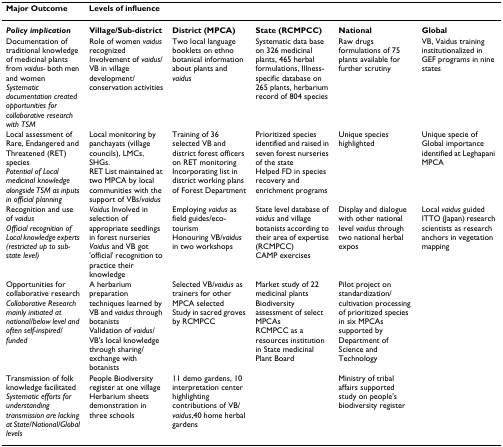
<table><thead><tr><td><b>Major Outcome</b></td><td colspan="5"><b>Levels of influence</b></td></tr></thead><tbody><tr><td><b><i>Policy implication</i></b></td><td><b>Village/Sub-district</b></td><td><b>District (MPCA)</b></td><td><b>State (RCMPCC)</b></td><td><b>National</b></td><td><b>Global</b></td></tr><tr><td>Documentation of traditional knowledge of medicinal plants from <i>vaidus- </i>both men and women<i>Systematic documentation created opportunities for collaborative research with TSM</i></td><td>Role of women <i>vaidus </i>recognizedInvolvement of <i>vaidus</i>/VB in village development/conservation activities</td><td>Two local language booklets on ethno botanical information about plants and <i>vaidus</i></td><td>Systematic data base on 326 medicinal plants, 465 herbal formulations, Illness-specific database on 265 plants, herbarium record of 804 species</td><td>Raw drugs formulations of 75 plants available for further scrutiny</td><td>VB, Vaidus training institutionalized in GEF programs in nine states</td></tr><tr><td>Local assessment of Rare, Endangered and Threatened (RET) species<i>Potential of Local medicinal knowledge alongside TSM as inputs in official planning</i></td><td>Local monitoring by panchayats (village councils), LMCs, SHGs.RET List maintained at two MPCA by local communities with the support of VBs/<i>vaidus</i></td><td>Training of 36 selected VB and district forest officers on RET monitoringIncorporating list in district working plans of Forest Department</td><td>Prioritized species identified and raised in seven forest nurseries of the stateHelped FD in species recovery and enrichment programs</td><td>Unique species highlighted</td><td>Unique specie of Global importance identified at Leghapani MPCA</td></tr><tr><td>Recognition and use of <i>vaidus</i><i>Official recognition of Local knowledge experts (restricted up to sub-state level)</i></td><td><i>Vaidus </i>Involved in selection of appropriate seedlings in forest nurseries<i>Vaidus </i>and VB got &#x27;official&#x27; recognition to practice their knowledge</td><td>Employing <i>vaidus </i>as field guides/eco-tourismHonouring VB/<i>vaidus </i>in two workshops</td><td>State level database of <i>vaidus </i>and village botanists according to their area of expertise (RCMPCC)CAMP exercises</td><td>Display and dialogue with other national level <i>vaidus </i>through two national herbal expos</td><td>Local <i>vaidus </i>guided ITTO (Japan) research scientists as research anchors in vegetation mapping</td></tr><tr><td>Opportunities for collaborative research<i>Collaborative Research mainly initiated at national/below level and often self-inspired/funded</i></td><td>A herbarium preparation techniques learned by VB and <i>vaidus </i>through botanistsValidation of <i>vaidus</i>/VB&#x27;s local knowledge through sharing/exchange with botanists</td><td>Selected VB/<i>vaidus </i>as trainers for other MPCA selectedStudy in sacred groves by RCMPCC</td><td>Market study of 22 medicinal plantsBiodiversity assessment of select MPCAsRCMPCC as a resources institution in State medicinal Plant Board</td><td>Pilot project on standardization/cultivation processing of prioritized species in six MPCAs supported by Department of Science and Technology</td><td></td></tr><tr><td>Transmission of folk knowledge facilitated<i>Systematic efforts for understanding transmission are lacking at State/National/Global levels</i></td><td>People Biodiversity register at one villageHerbarium sheets demonstration in three schools</td><td>11 demo gardens, 10 interpretation center highlighting contributions of VB/<i>vaidus</i>,40 home herbal gardens</td><td></td><td>Ministry of tribal affairs supported study on people&#x27;s biodiversity register</td><td></td></tr></tbody></table>